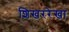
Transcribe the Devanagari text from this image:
शिखररेखा